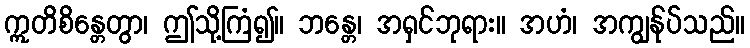
ဣတိစိန္တေတွာ၊ ဤသို့ကြံ၍။ ဘန္တေ၊ အရှင်ဘုရား။ အဟံ၊ အကျွန်ုပ်သည်။